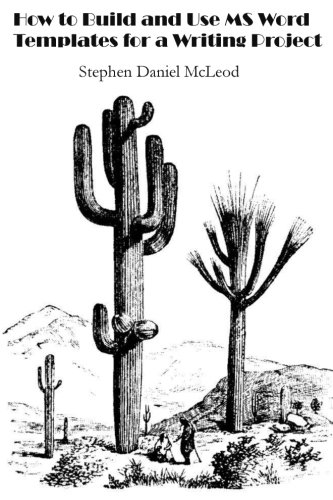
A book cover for How to Build and Use MS Word Templates for a Writing Project: Use MS Word Styles, Include Text and Templates for One Place Editing and Multiple Target Output Formats; Stephen D McLeod; Computers & Technology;